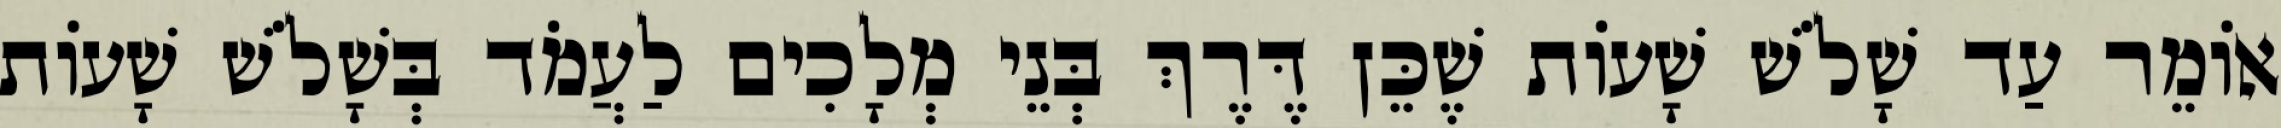
אוֹמֵר עַד שָׁלֹשׁ שָׁעוֹת שֶׁכֵּן דֶּרֶךְ בְּנֵי מְלָכִים לַעֲמֹד בְּשָׁלֹשׁ שָׁעוֹת